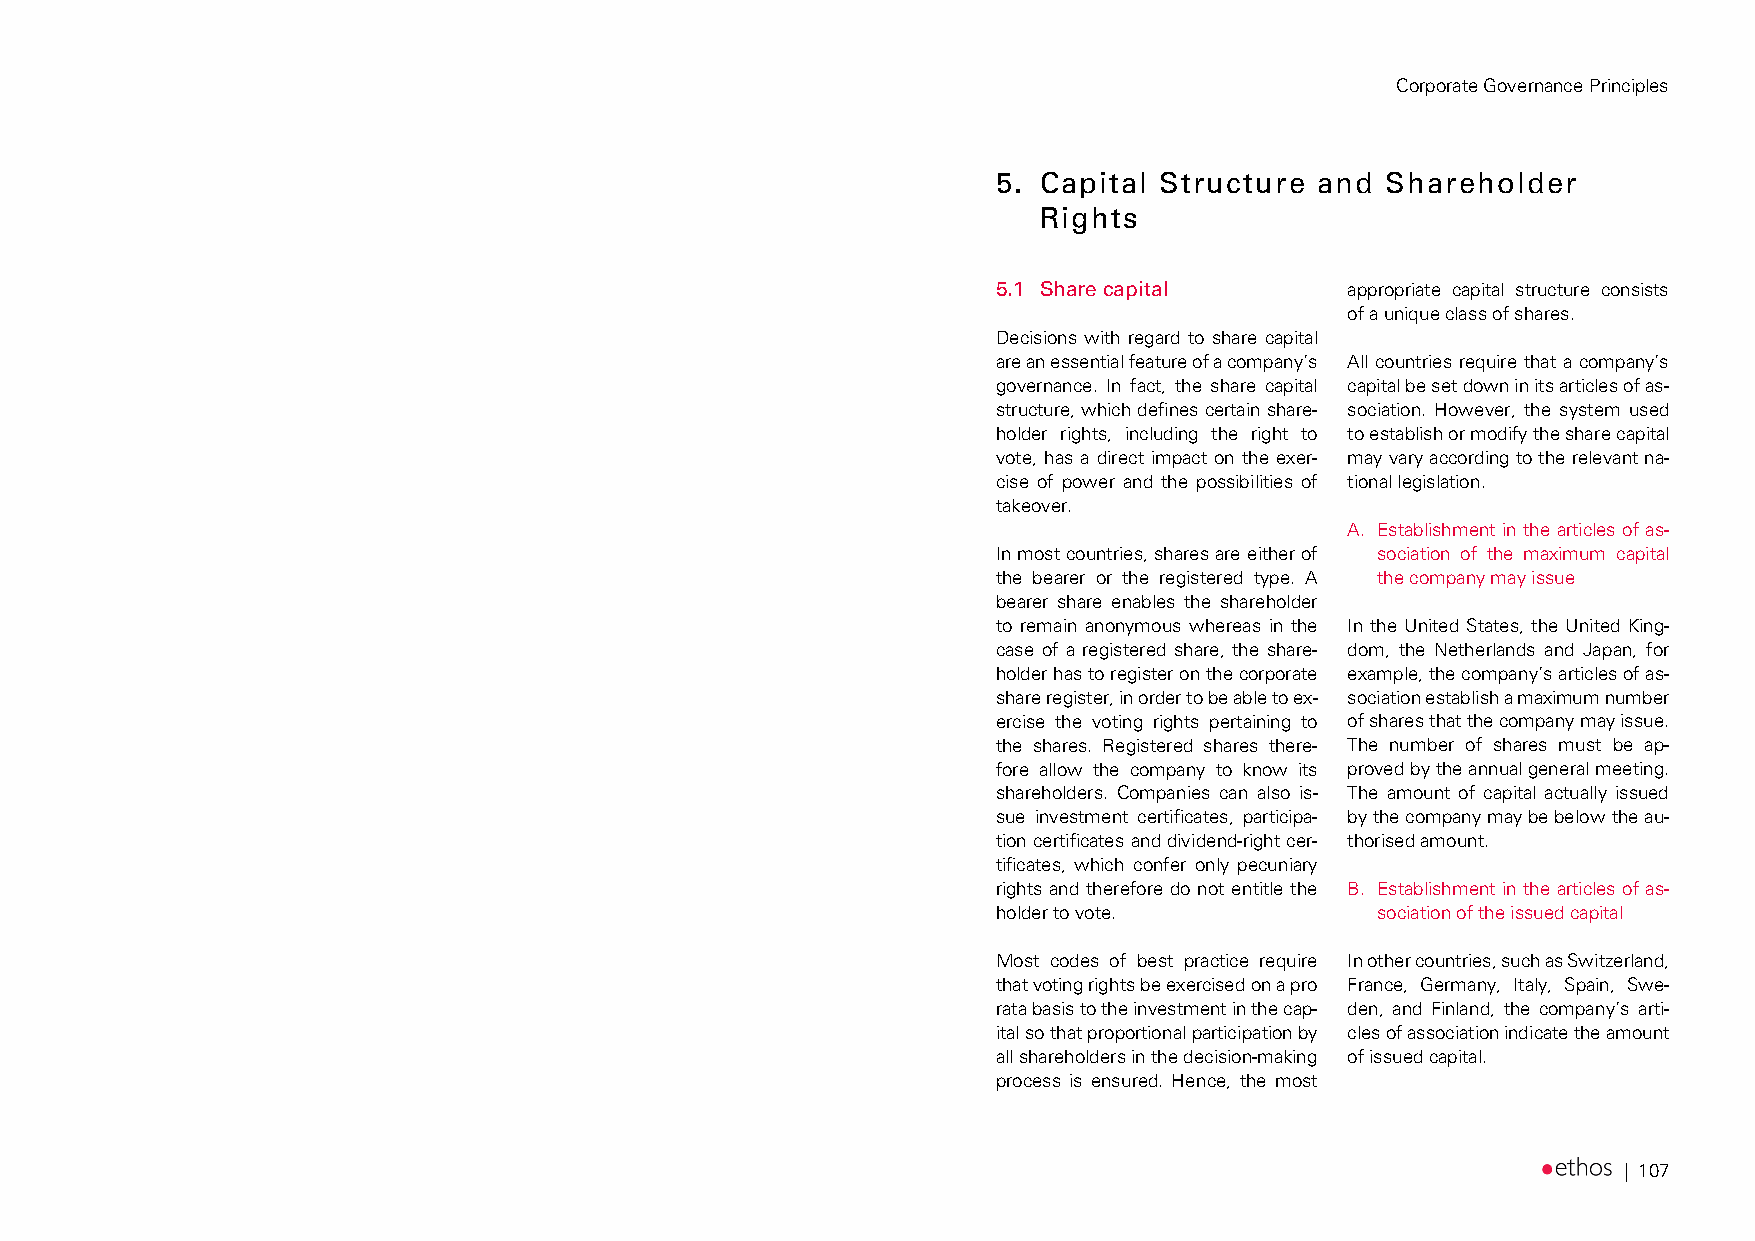
Corporate Governance Principles
 5. Capital Structure and  Shareholder
 Rights
 5.1 Share capital      appropriate capital structure consists
 of a unique class of shares.
 Decisions with regard to share capital
 are an essential feature of a company’s All countries require that a company’s
 governance. In fact, the share capital capital be set down in its articles of as-
 structure, which defines certain share- sociation. However, the system used
 holder rights, including the right to to establish or modify the share capital
 vote, has a direct impact on the exer- may vary according to the relevant na-
 cise of power and the possibilities of tional legislation.
 takeover.
 A. Establishment in the articles of as-
 In most countries, shares are either of sociation of the maximum capital
 the bearer or the registered type. A the company may issue
 bearer share enables the shareholder
 to remain anonymous whereas in the In the United States, the United King-
 case of a registered share, the share- dom, the Netherlands and Japan, for
 holder has to register on the corporate example, the company’s articles of as-
 share register, in order to be able to ex- sociation establish a maximum number
 ercise the voting rights pertaining to of shares that the company may issue.
 the shares. Registered shares there- The number of shares must be ap-
 fore allow the company to know its proved by the annual general meeting.
 shareholders. Companies can also is- The amount of capital actually issued
 sue investment certificates, participa- by the company may be below the au-
 tion certificates and dividend-right cer- thorised amount.
 tificates, which confer only pecuniary
 rights and therefore do not entitle the B. Establishment in the articles of as-
 holder to vote.          sociation of the issued capital
 Most codes of best practice require In other countries, such as Switzerland,
 that voting rights be exercised on a pro France, Germany, Italy, Spain, Swe-
 rata basis to the investment in the cap- den, and Finland, the company’s arti-
 ital so that proportional participation by cles of association indicate the amount
 all shareholders in the decision-making of issued capital.
 process is ensured. Hence, the most
 | 107